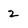
Character: 2